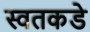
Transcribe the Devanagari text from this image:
स्वतकडे